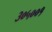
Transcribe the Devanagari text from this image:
३०५००१